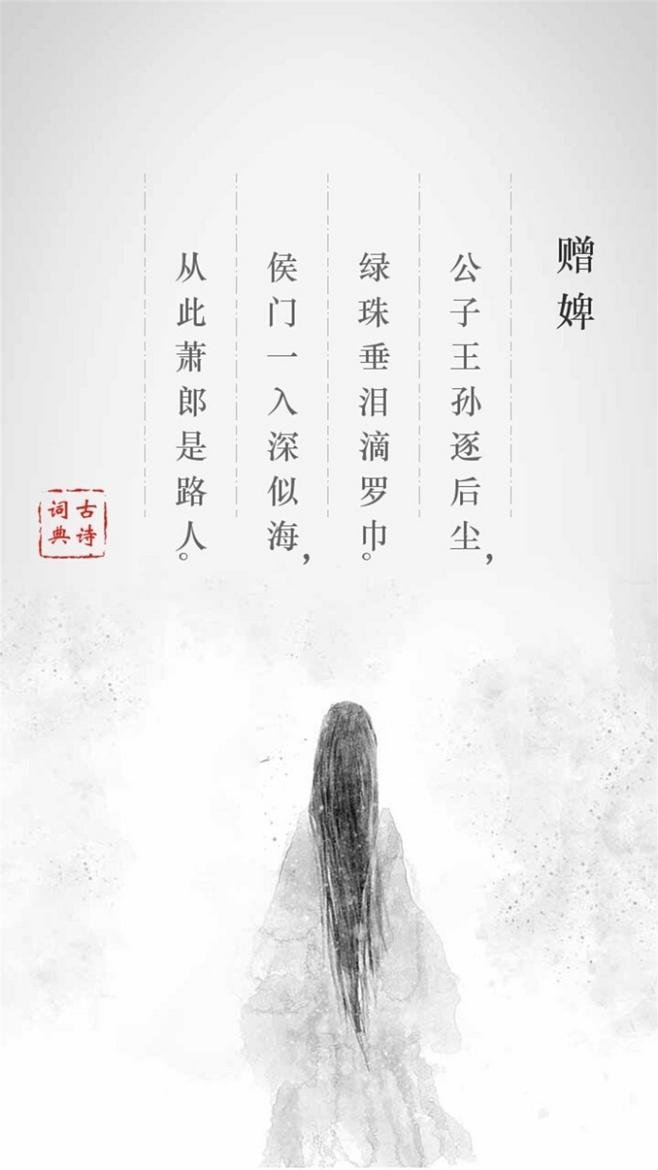
公子王孙逐后尘，绿珠垂泪滴罗巾。